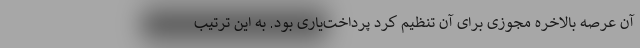
آن عرصه بالاخره مجوزی برای آن تنظیم کرد پرداخت‌یاری بود. به این ترتیب